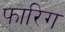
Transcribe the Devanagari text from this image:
फारिग